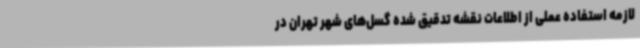
لازمه استفاده عملی از اطلاعات نقشه تدقیق شده گسل‌های شهر تهران در